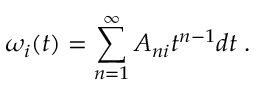
\omega _ { i } ( t ) = \sum _ { n = 1 } ^ { \infty } A _ { n i } t ^ { n - 1 } d t \; .